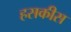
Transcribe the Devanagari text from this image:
हसकीस